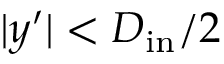
| y ^ { \prime } | < D _ { \mathrm { i n } } / 2